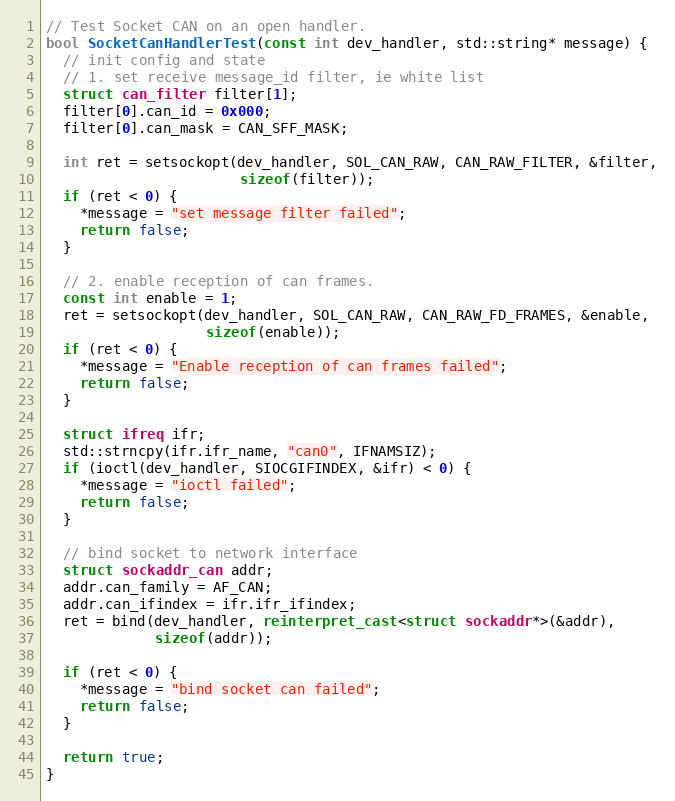
Language: C++
// Test Socket CAN on an open handler.
bool SocketCanHandlerTest(const int dev_handler, std::string* message) {
  // init config and state
  // 1. set receive message_id filter, ie white list
  struct can_filter filter[1];
  filter[0].can_id = 0x000;
  filter[0].can_mask = CAN_SFF_MASK;

  int ret = setsockopt(dev_handler, SOL_CAN_RAW, CAN_RAW_FILTER, &filter,
                       sizeof(filter));
  if (ret < 0) {
    *message = "set message filter failed";
    return false;
  }

  // 2. enable reception of can frames.
  const int enable = 1;
  ret = setsockopt(dev_handler, SOL_CAN_RAW, CAN_RAW_FD_FRAMES, &enable,
                   sizeof(enable));
  if (ret < 0) {
    *message = "Enable reception of can frames failed";
    return false;
  }

  struct ifreq ifr;
  std::strncpy(ifr.ifr_name, "can0", IFNAMSIZ);
  if (ioctl(dev_handler, SIOCGIFINDEX, &ifr) < 0) {
    *message = "ioctl failed";
    return false;
  }

  // bind socket to network interface
  struct sockaddr_can addr;
  addr.can_family = AF_CAN;
  addr.can_ifindex = ifr.ifr_ifindex;
  ret = bind(dev_handler, reinterpret_cast<struct sockaddr*>(&addr),
             sizeof(addr));

  if (ret < 0) {
    *message = "bind socket can failed";
    return false;
  }

  return true;
}